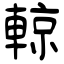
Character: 輬